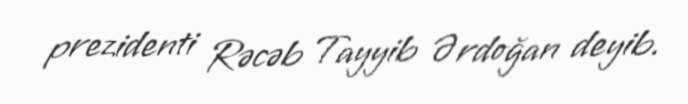
prezidenti Rəcəb Tayyib Ərdoğan deyib.